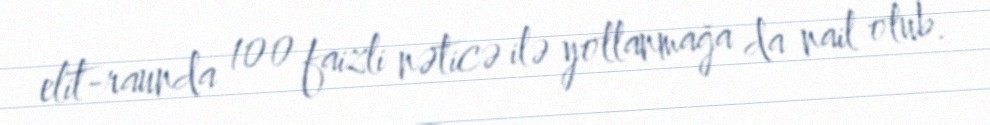
elit-raunda 100 faizli nəticə ilə yollanmağa da nail olub.